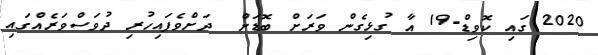
2020 ގައި ކޮވިޑް-19 އާ ގުޅިގެން ވަރަށް ބޮޑަށް  ދަށްވެފައިހުރި ދުވަސްވަރެއްގައި